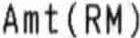
AMT(RM)